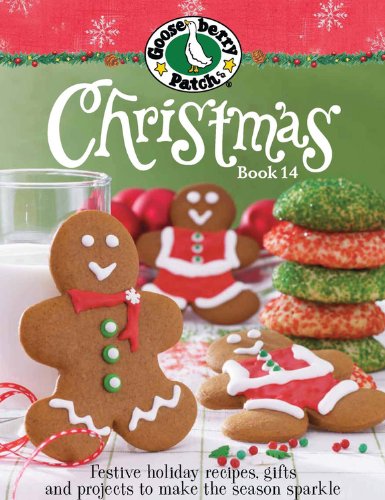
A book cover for Gooseberry Patch Christmas Book 14: Festive holiday recipes, gifts and projects to make the season sparkle; Gooseberry Patch; Cookbooks, Food & Wine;